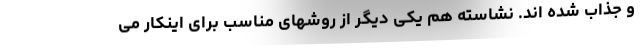
و جذاب شده اند. نشاسته هم یکی دیگر از روشهای مناسب برای اینکار می